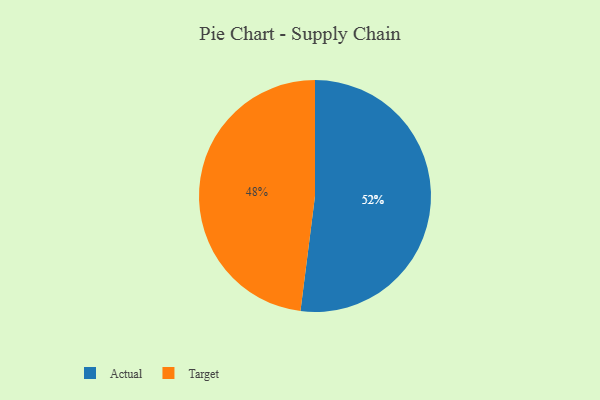
{"axis": {"x": "Category", "y": "Percentage"}, "legend": ["Actual", "Target"], "data": [{"x": "Actual", "y": 52, "type": "Actual"}, {"x": "Target", "y": 48, "type": "Target"}]}